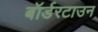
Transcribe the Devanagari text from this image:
बॉर्डरटाउन